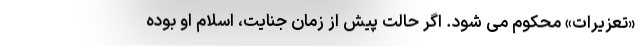
«تعزیرات» محکوم می شود. اگر حالت پیش از زمان جنایت، اسلام او بوده